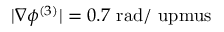
| \nabla \phi ^ { ( 3 ) } | = 0 . 7 ~ \mathrm { r a d / \ u p m u s }